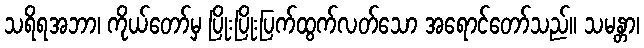
သရိရအဘာ၊ ကိုယ်တော်မှ ပြိုးပြိုးပြက်ထွက်လတ်သော အရောင်တော်သည်။ သမန္တာ၊